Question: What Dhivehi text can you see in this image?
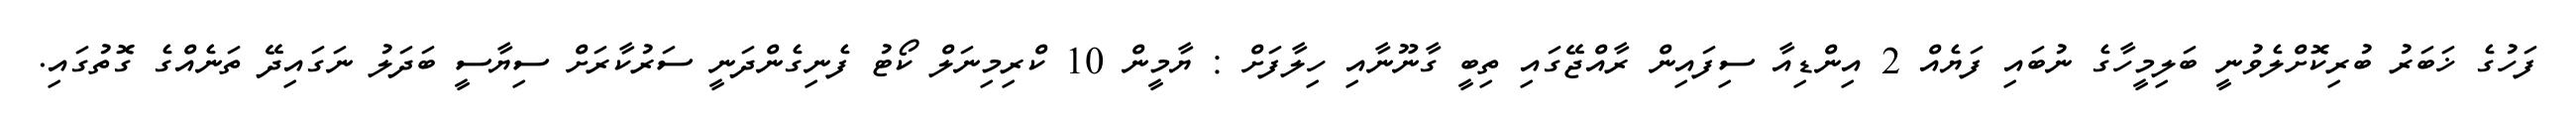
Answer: ފަހުގެ ޚަބަރު ބުރިކޮށްލެވުނީ ބަލިމީހާގެ ނުބައި ފަޔެއް 2 އިންޑިއާ ސިފައިން ރާއްޖޭގައި ތިބީ ގާނޫނާއި ހިލާފަށް : ޔާމީން 10 ކްރިމިނަލް ކޯޓު ފެނިގެންދަނީ ސަރުކާރަށް ސިޔާސީ ބަދަލު ނަގައިދޭ ތަނެއްގެ ގޮތުގައި.